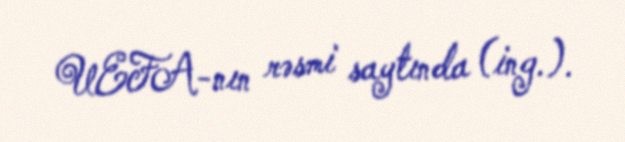
UEFA-nın rəsmi saytında (ing.).